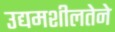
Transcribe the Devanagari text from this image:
उद्यमशीलतेने